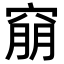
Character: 𥦜